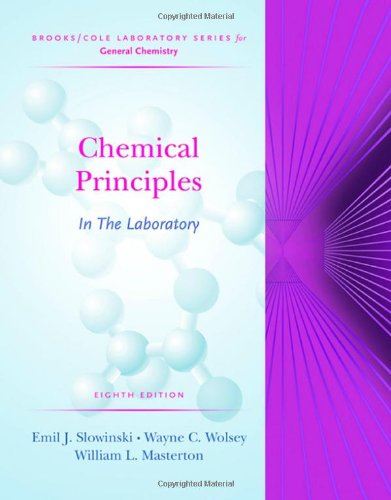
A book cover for Chemical Principles in the Laboratory (Brooks/Cole Laboratory Series for General Chemistry); Emil Slowinski; Science & Math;